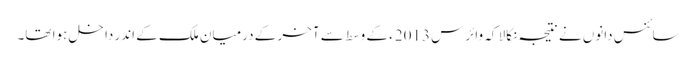
سائنس دانوں نے نتیجہ نکالا کہ وائرس 2013ء کے وسط سے آخر کے درمیان ملک کے اندر داخل ہوا تھا۔